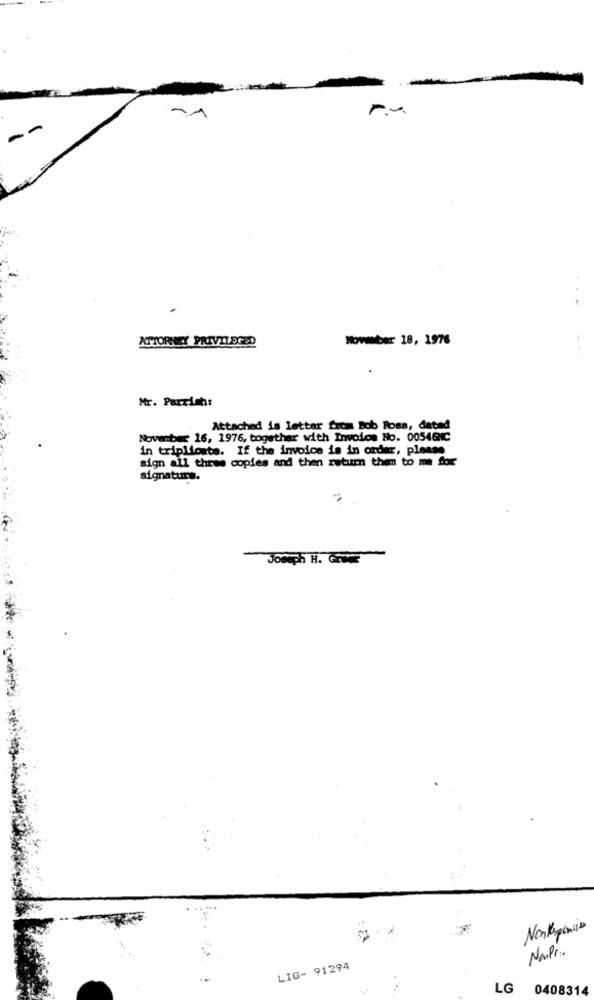
11
ATTORNEY PRIVILEGED
Nowmber 18, 1976
Mr. Parrish:
Attached is letter from Bob Ross, dated
November 16, 1976, together with Invoice No. 00546NC
in triplionte. If the invoice is in order, please
sign all three copies and then return them to me for
signature.
Joseph H. Giver
LIG- 91294
LG
0408314